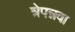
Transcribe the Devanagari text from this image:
त्रेपन्नवा